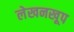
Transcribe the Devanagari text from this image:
लेखनखूप